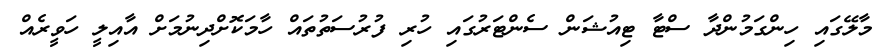
މާލޭގައި ހިންގަމުންދާ ސްޓާ ޓިއުޝަން ސެންޓަރުގައި ހުރި ފުރުސަތުތައް ހާމަކޮށްދިނުމަށް އާއިލީ ހަވީރެއް